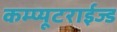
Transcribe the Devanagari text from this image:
कम्प्यूटराईज्ड